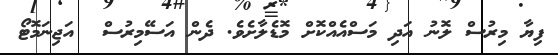
ފިޔާ މިރުސް ލޮނު އަދި މަސްއެއްކޮށް މޮޑެލާށެވެ. ދެން އަސޭމިރުސް  އަޖިނަމޮޓޯ